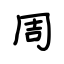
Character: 周